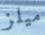
ميلز